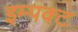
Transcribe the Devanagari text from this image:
इम्पक्ट